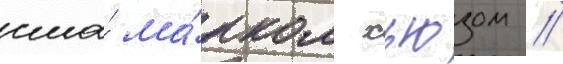
сша́ ма́рком хьюзом //